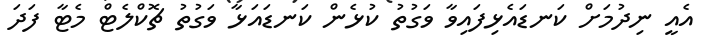
އެއީ ނިދުމަށް ކަނޑައެޅިފައިވާ ވަގުތު ކުޅެން ކަނޑައަޅާ ވަގުތު ޗޮކްލެޓް މެޓާ ފަދަ